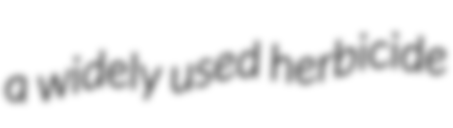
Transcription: a widely used herbicide